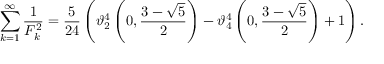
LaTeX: \sum _ { k = 1 } ^ { \infty } { \frac { 1 } { F _ { k } ^ { 2 } } } = { \frac { 5 } { 2 4 } } \left( \vartheta _ { 2 } ^ { 4 } \left( 0 , { \frac { 3 - { \sqrt { 5 } } } { 2 } } \right) - \vartheta _ { 4 } ^ { 4 } \left( 0 , { \frac { 3 - { \sqrt { 5 } } } { 2 } } \right) + 1 \right) .